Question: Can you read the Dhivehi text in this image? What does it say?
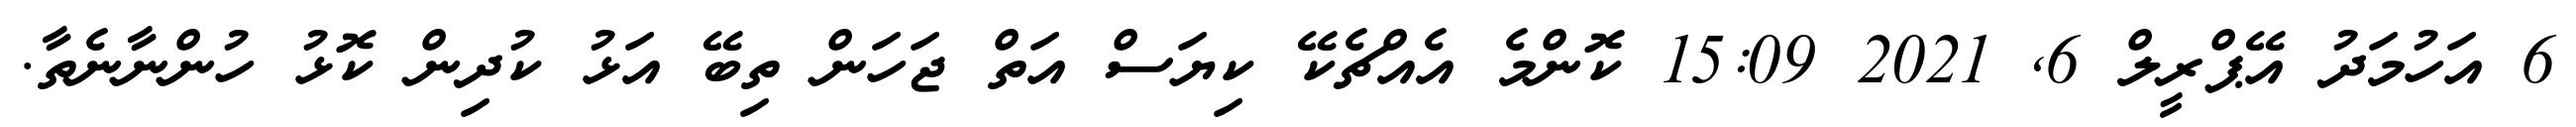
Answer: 6 އަހުމަދު އޭޕްރީލް 6, 2021 15:09 ކޮންމެ އެއްޗެކޭ ކިޔަސް އަތް ޖަހަން ތިބޭ އަޅު ކުދިން ކޮޅު ހުންނާނެތާ.